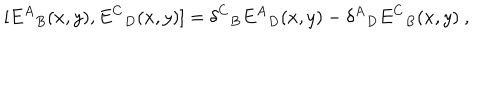
[ { E ^ { A } } _ { B } ( x , y ) , { E ^ { C } } _ { D } ( x , y ) ] = { \delta ^ { C } } _ { B } { E ^ { A } } _ { D } ( x , y ) - { \delta ^ { A } } _ { D } { E ^ { C } } _ { B } ( x , y ) \ ,